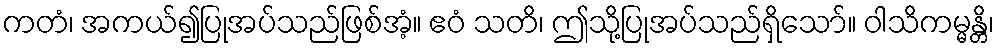
ကတံ၊ အကယ်၍ပြုအပ်သည်ဖြစ်အံ့။ ဧဝံ သတိ၊ ဤသို့ပြုအပ်သည်ရှိသော်။ ဝါသိကမ္မန္တိ၊